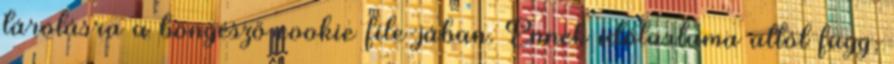
tárolásra a böngésző cookie file-jában. Ennek időtartama attól függ,